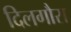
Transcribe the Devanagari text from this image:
दिलगौरा